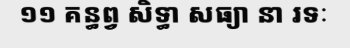
១១ គន្ធព្វ សិទ្ធា សធ្យា នា រទៈ